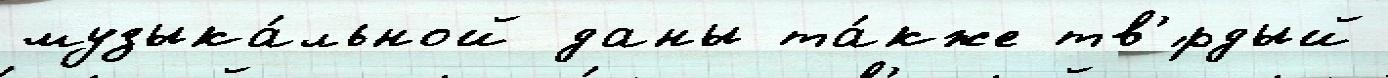
музыка́льной даны та́кже тв'́рдый